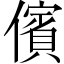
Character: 儐